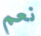
نعم